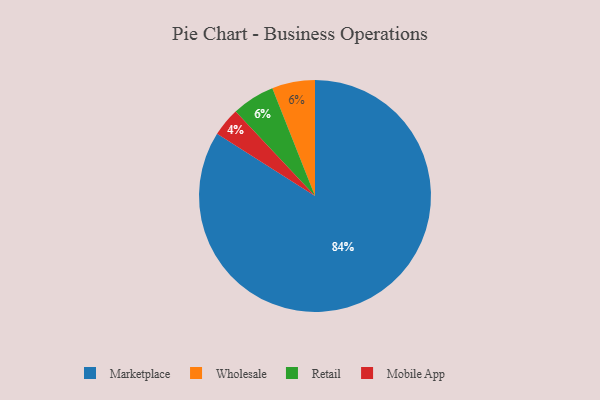
{"axis": {"x": "Category", "y": "Percentage"}, "legend": ["Marketplace", "Mobile App", "Retail", "Wholesale"], "data": [{"x": "Mobile App", "y": 4, "type": "Mobile App"}, {"x": "Wholesale", "y": 6, "type": "Wholesale"}, {"x": "Retail", "y": 6, "type": "Retail"}, {"x": "Marketplace", "y": 84, "type": "Marketplace"}]}